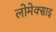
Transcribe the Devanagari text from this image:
लोमेक्साइ